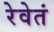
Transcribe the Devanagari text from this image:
रेवेतं